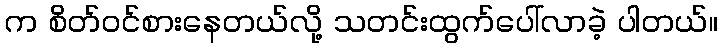
က စိတ်ဝင်စားနေတယ်လို့ သတင်းထွက်ပေါ်လာခဲ့ ပါတယ်။